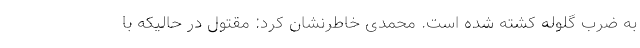
به ضرب گلوله کشته شده است. محمدی خاطرنشان کرد: مقتول در حالیکه با